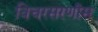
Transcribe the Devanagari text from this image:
विचरसरणीस